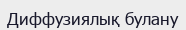
Диффузиялық булану